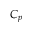
C _ { p }